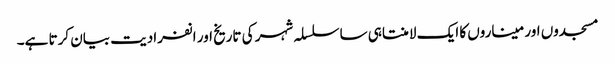
مسجدوں اور میناروں کا ایک لامنتاہی ساسلسلہ شہر کی تاریخ اور انفرادیت بیان کرتا ہے۔